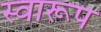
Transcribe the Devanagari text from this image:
स्वारूप